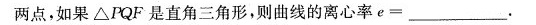
两点，如果△PQF是直角三角形，则曲线的离心率$$e =$$___.